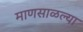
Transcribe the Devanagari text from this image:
माणसाळल्या